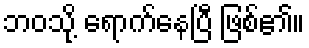
ဘဝသို့ ရောက်နေပြီ ဖြစ်၏။